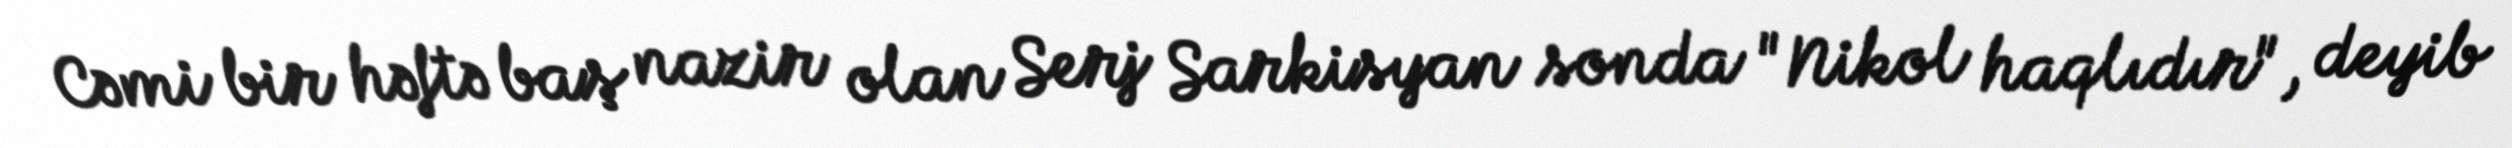
Cəmi bir həftə baş nazir olan Serj Sarkisyan sonda "Nikol haqlıdır", deyib